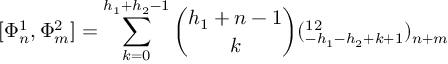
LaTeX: [ \Phi _ { n } ^ { 1 } , \Phi _ { m } ^ { 2 } ] = \sum _ { k = 0 } ^ { h _ { 1 } + h _ { 2 } - 1 } { \binom { h _ { 1 } + n - 1 } { k } } ( \O _ { - h _ { 1 } - h _ { 2 } + k + 1 } ^ { 1 2 } ) _ { n + m }